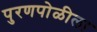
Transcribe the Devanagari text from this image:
पुरणपोळीला